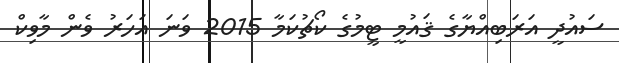
ސައުދީ އަރަބިއްޔާގެ ޤައުމީ ޓީމުގެ ކޯޗުކަމާ 2015 ވަނަ އަހަރު ވެން މާވިކް